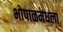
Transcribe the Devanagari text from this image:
भोपाळमधला